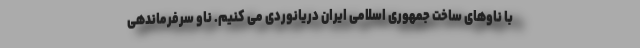
با ناوهای ساخت جمهوری اسلامی ایران دریانوردی می کنیم. ناو سرفرماندهی